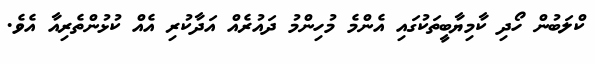
ކްލަބުން ހޯދި ކާމިޔާބީތަކުގައި އެންމެ މުހިންމު ދައުރެއް އަދާކުރި އެއް ކުޅުންތެރިއާ އެވެ.